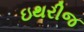
ઇથરીજ